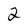
Character: 2